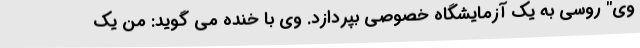
وی" روسی به یک آزمایشگاه خصوصی بپردازد. وی با خنده می گوید: من یک